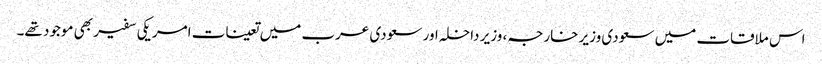
اس ملاقات میں سعودی وزیر خارجہ، وزیر داخلہ اور سعودی عرب میں تعینات امریکی سفیر بھی موجود تھے۔